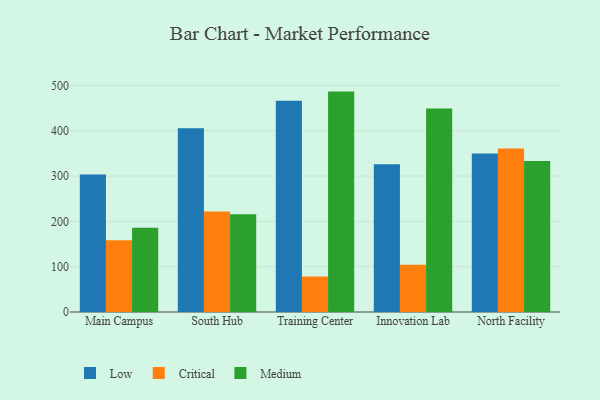
{"axis": {"x": "Campus", "y": "Market Share (%)"}, "legend": ["Critical", "Low", "Medium"], "data": [{"x": "Main Campus", "y": 303.6, "type": "Low"}, {"x": "Main Campus", "y": 158.6, "type": "Critical"}, {"x": "Main Campus", "y": 185.7, "type": "Medium"}, {"x": "South Hub", "y": 405.7, "type": "Low"}, {"x": "South Hub", "y": 221.6, "type": "Critical"}, {"x": "South Hub", "y": 215.5, "type": "Medium"}, {"x": "Training Center", "y": 466.3, "type": "Low"}, {"x": "Training Center", "y": 78.3, "type": "Critical"}, {"x": "Training Center", "y": 486.4, "type": "Medium"}, {"x": "Innovation Lab", "y": 325.9, "type": "Low"}, {"x": "Innovation Lab", "y": 104.1, "type": "Critical"}, {"x": "Innovation Lab", "y": 449.1, "type": "Medium"}, {"x": "North Facility", "y": 350.0, "type": "Low"}, {"x": "North Facility", "y": 360.6, "type": "Critical"}, {"x": "North Facility", "y": 333.4, "type": "Medium"}]}